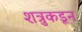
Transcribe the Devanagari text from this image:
शत्रुकडून